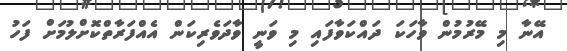
އޭނާ މި މޭރުމުން ވާހަކަ ދައްކަވާފައި މި ވަނީ ވާދަވެރިކަން އެއްފަރާތްކޮށްލުމަށް ފަހު